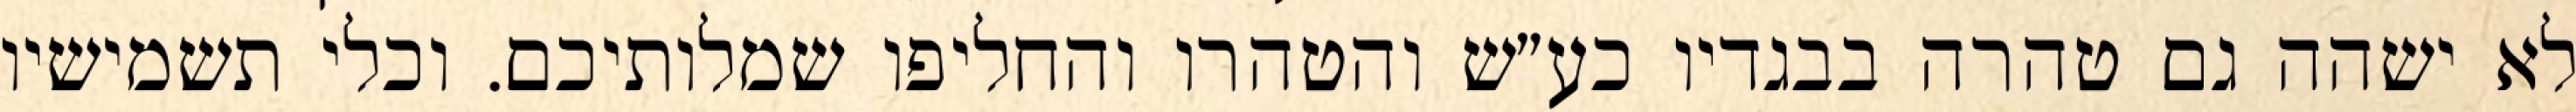
לא ישהה גם טהרה בבגדיו כע״ש והטהרו והחליפו שמלותיכם. וכלי תשמישיו